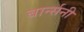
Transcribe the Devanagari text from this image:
बार्न्सनी